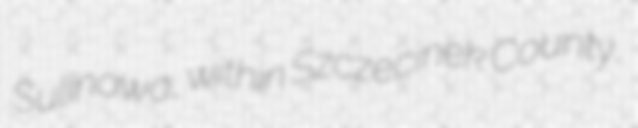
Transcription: Sulinowo, within Szczecinek County,